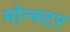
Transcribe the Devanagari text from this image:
मोन्स्टर